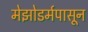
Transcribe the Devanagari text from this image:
मेझोडर्मपासून